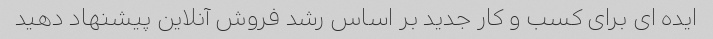
ایده ای برای کسب و کار جدید بر اساس رشد فروش آنلاین پیشنهاد دهید